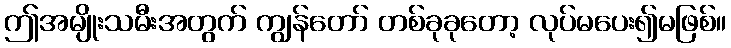
ဤအမျိုးသမီးအတွက် ကျွန်တော် တစ်ခုခုတော့ လုပ်မပေး၍မဖြစ်။